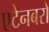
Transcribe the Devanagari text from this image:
एटेनबरो